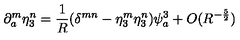
\partial _ { a } ^ { m } \eta _ { 3 } ^ { n } = \frac { 1 } { R } ( \delta ^ { m n } - \eta _ { 3 } ^ { m } \eta _ { 3 } ^ { n } ) \psi _ { a } ^ { 3 } + O ( R ^ { - \frac { 5 } { 2 } } )